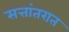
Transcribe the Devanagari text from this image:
सत्तांतरात